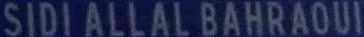
SIDIALLALBAHRAOUI